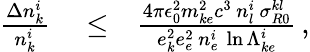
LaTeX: \begin{array}{rlr}{\frac{\Delta n_{k}^{i}}{n_{k}^{i}}}&{{}\le}&{\frac{4\pi\epsilon_{0}^{2}m_{ke}^{2}c^{3}\, n_{l}^{i}\, \sigma_{R0}^{kl}}{e_{k}^{2}e_{e}^{2}\, n_{e}^{i}\, \ln\Lambda_{ke}^{i}}\, ,}\end{array}